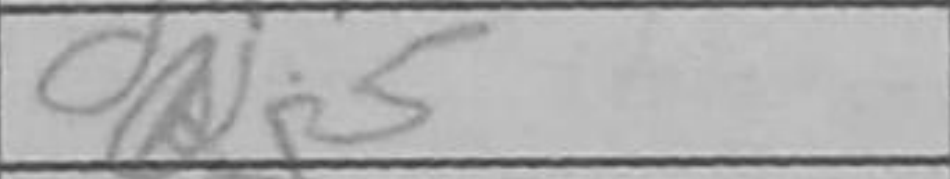
Transcription: Qg5